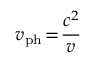
v _ { \mathrm { p h } } \! = \! \frac { c ^ { 2 } } { v }